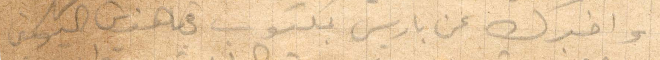
واخبرك عن باريس بمكتوب في هذين اليومين